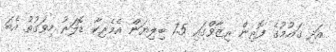
އަދި ޤައުމުގެ ފޮރިން ރިޒާވްގައި 7.5 ބިލިޔަން އެމެރިކާ ޑޮލަރު މިވަގުތު އެބަ